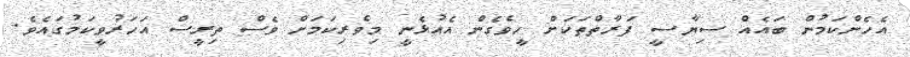
އެހެންކަމުން ބައެއް ސިޔާސީ ފަރާތްތަކަށް ހީވެގެން އެއުޅެނީ މިވެރިކަމަށް ވެސް ތިރީސް އަހަރުވީކަމުގައެވެ.